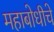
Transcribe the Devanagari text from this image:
महाबोधीचे